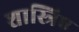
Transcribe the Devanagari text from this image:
शास्त्रिए